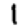
Digit: 1